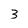
Character: 3